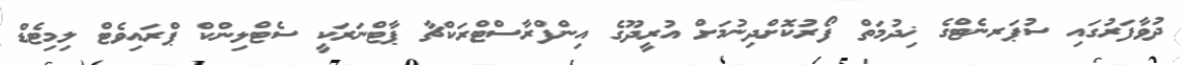
ދުވާފަރުގައި ސުޕަރނެޓްގެ ޚިދުމަތް ފޯރުކޮށްދިނުމަށް އުރީދޫގެ އިންފްރާސްޓްރަކްޗާ ޕާޓްނަރަކީ ސެޓްލިންކް ޕްރައިވެޓް ލިމިޓެޑް